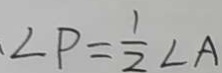
\angle P = \frac { 1 } { 2 } \angle A